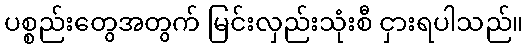
ပစ္စည်းတွေအတွက် မြင်းလှည်းသုံးစီ ငှားရပါသည်။